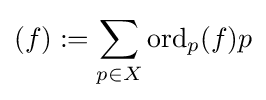
(f):=\sum _{p\in X}\operatorname {ord} _{p}(f)p